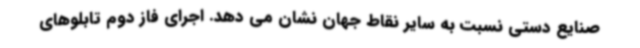
صنایع دستی نسبت به سایر نقاط جهان نشان می دهد. اجرای فاز دوم تابلوهای